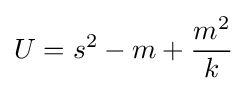
U=s^{2}-m+{\frac {m^{2}}{k}}